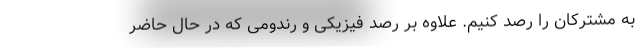
به مشترکان را رصد کنیم. علاوه بر رصد فیزیکی و رندومی که در حال حاضر